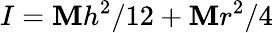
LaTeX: I=\mathbf{M}h^{2}/12+\mathbf{M}r^{2}/4